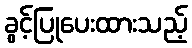
ခွင့်ပြုပေးထားသည့်